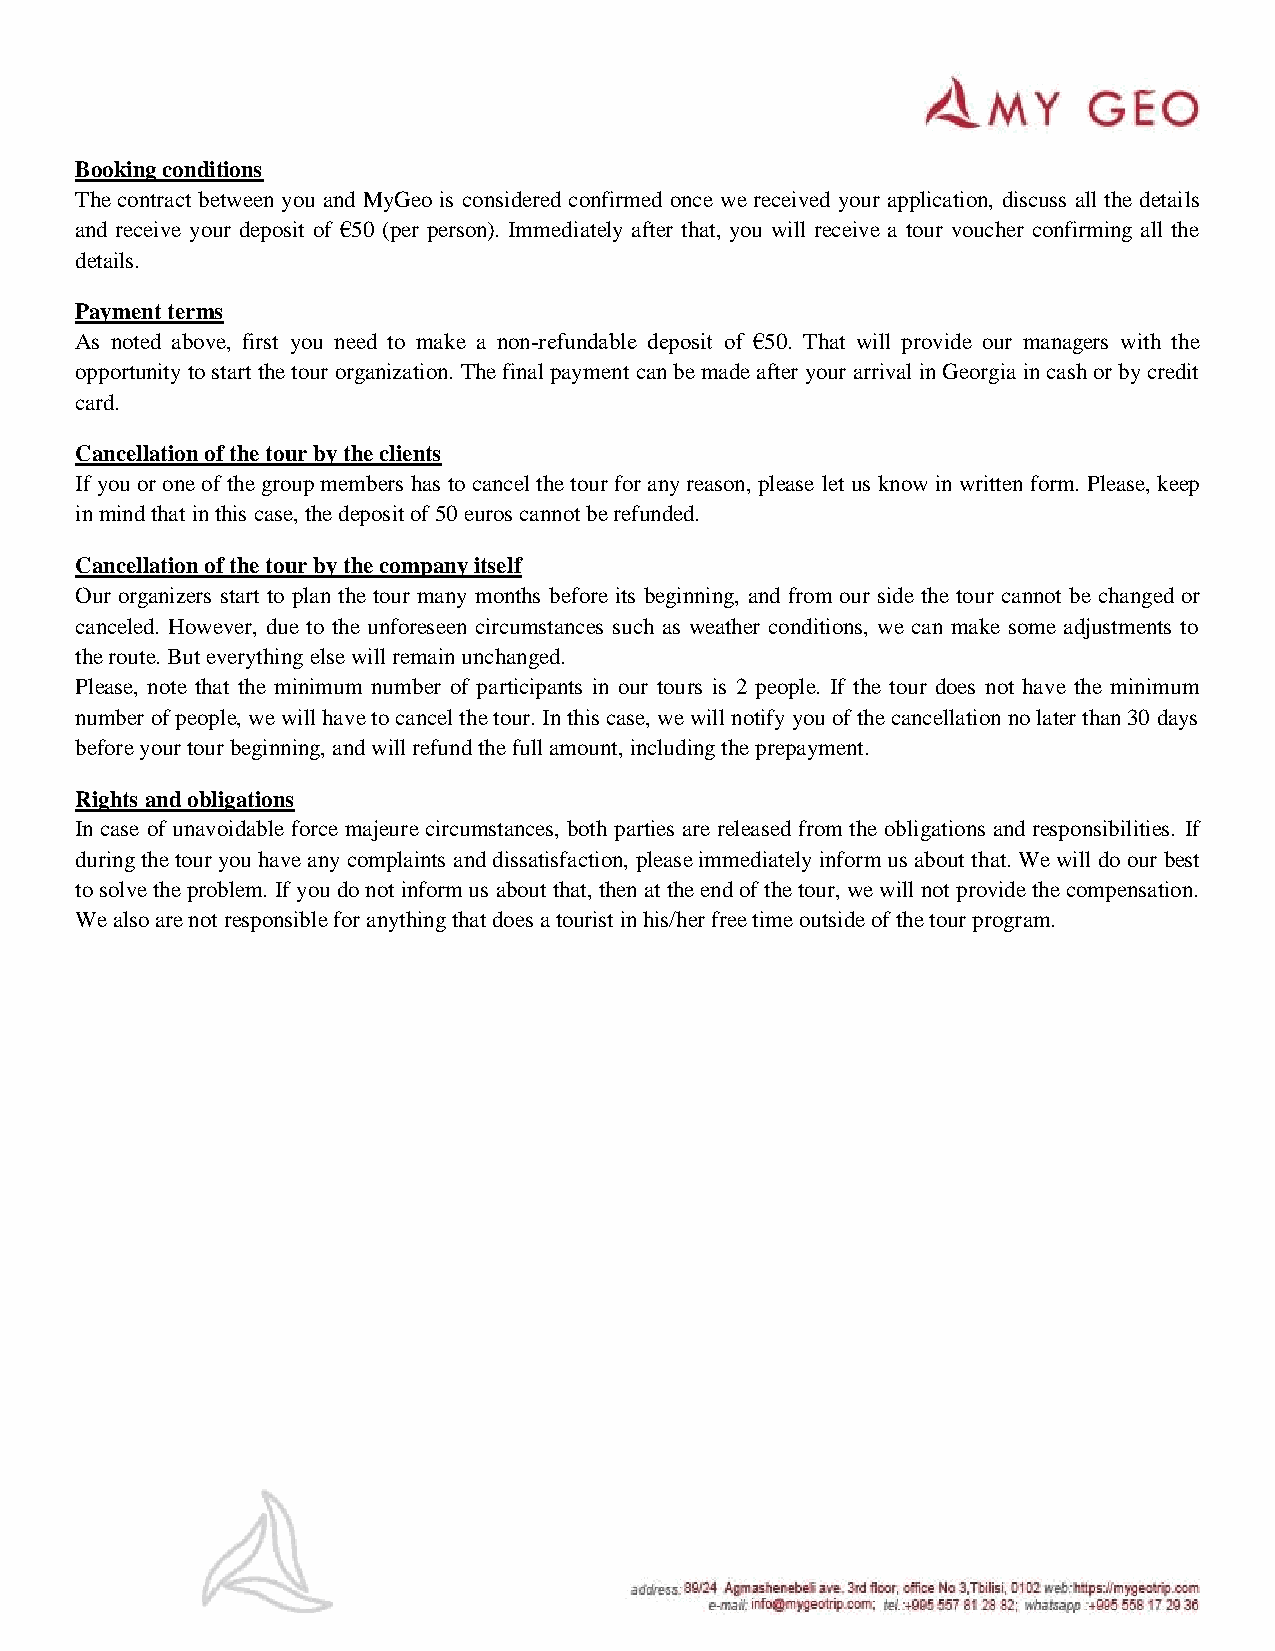
Booking conditions
 The contract between you and MyGeo is considered confirmed once we received your application, discuss all the details
 and receive your deposit of €50 (per person). Immediately after that, you will receive a tour voucher confirming all the
 details.
 Payment terms
 As noted above, first you need to make a non-refundable deposit of €50. That will provide our managers with the
 opportunity to start the tour organization. The final payment can be made after your arrival in Georgia in cash or by credit
 card.
 Cancellation of the tour by the clients
 If you or one of the group members has to cancel the tour for any reason, please let us know in written form. Please, keep
 in mind that in this case, the deposit of 50 euros cannot be refunded.
 Cancellation of the tour by the company itself
 Our organizers start to plan the tour many months before its beginning, and from our side the tour cannot be changed or
 canceled. However, due to the unforeseen circumstances such as weather conditions, we can make some adjustments to
 the route. But everything else will remain unchanged.
 Please, note that the minimum number of participants in our tours is 2 people. If the tour does not have the minimum
 number of people, we will have to cancel the tour. In this case, we will notify you of the cancellation no later than 30 days
 before your tour beginning, and will refund the full amount, including the prepayment.
 Rights and obligations
 In case of unavoidable force majeure circumstances, both parties are released from the obligations and responsibilities. If
 during the tour you have any complaints and dissatisfaction, please immediately inform us about that. We will do our best
 to solve the problem. If you do not inform us about that, then at the end of the tour, we will not provide the compensation.
 We also are not responsible for anything that does a tourist in his/her free time outside of the tour program.